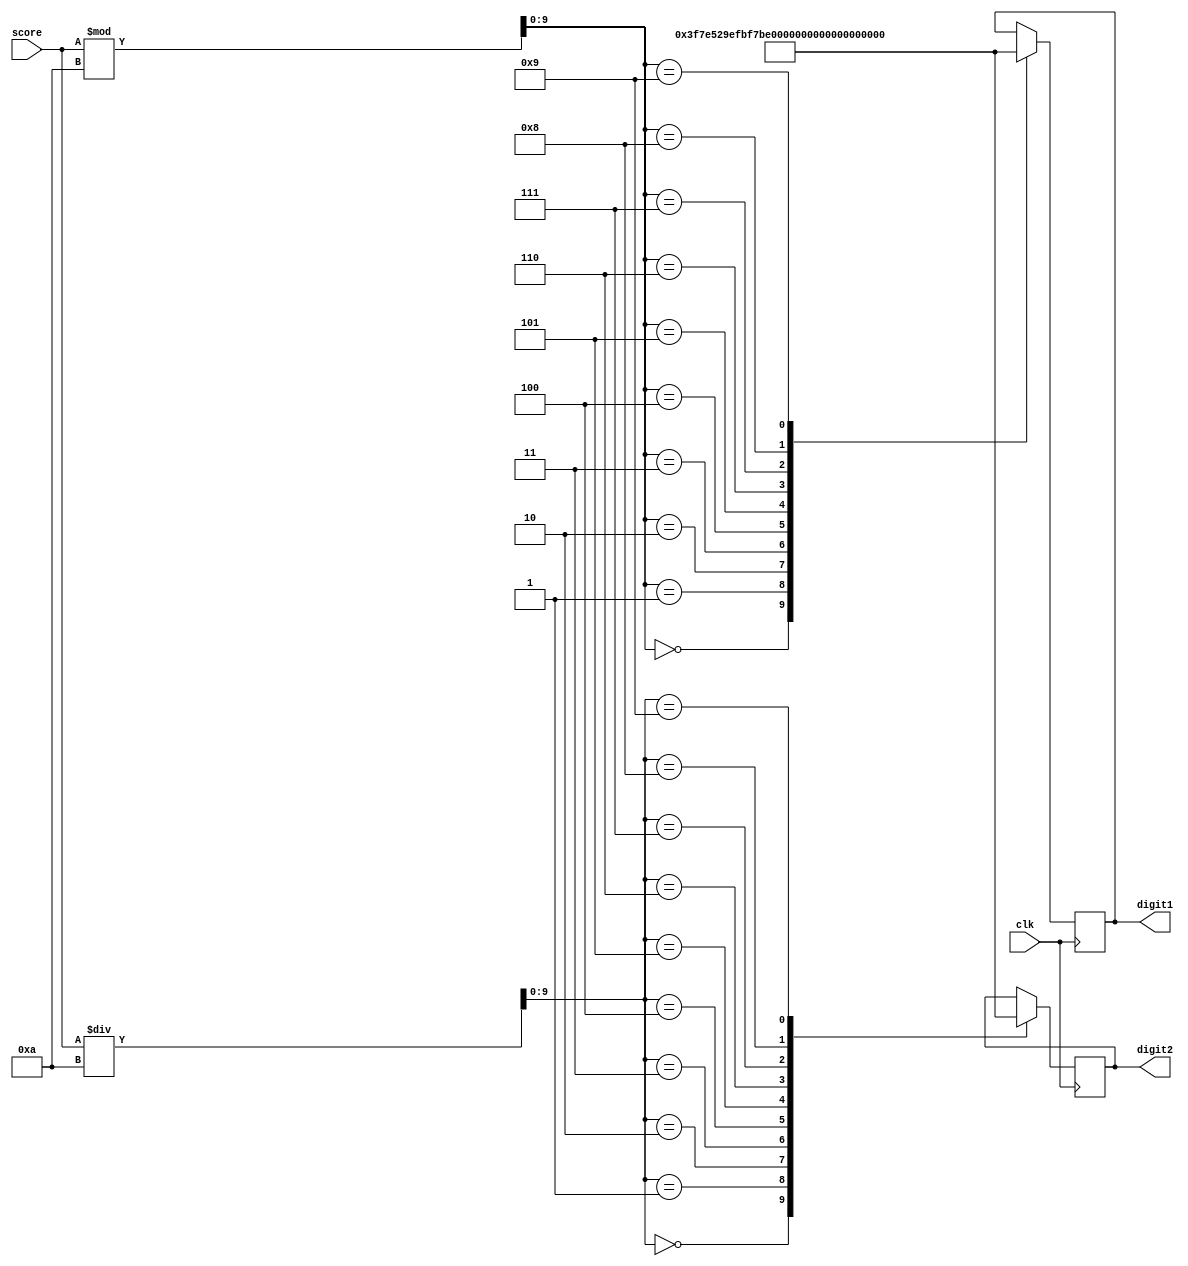
`timescale 1ns / 1ps
//////////////////////////////////////////////////////////////////////////////////
// Company: 
// Engineer: 
// 
// Design Name: 
// Module Name: update
// Project Name: 
// Target Devices: 
// Tool Versions: 
// Description: 
// 
// Dependencies: 
// 
// Revision:
// Revision 0.01 - File Created
// Additional Comments:
// 
//////////////////////////////////////////////////////////////////////////////////


module score
    (
        input clk,
        input wire [9:0] score,
        output wire [12:0] digit1,
        output wire [12:0] digit2
    );

    reg [9:0] a;
    reg [9:0] b;
    reg [12:0] tens;
    reg [12:0] ones;

    always @ (posedge clk)
    begin
        a = score % 'd10;
        b = score / 'd10;

        case(a)
            0: ones = 13'b1111110111111;
            1: ones = 13'b0010100101001;
            2: ones = 13'b1110111110111;
            3: ones = 13'b1110111101111;
            4: ones = 13'b1011111101001;
            5: ones = 13'b1111011101111;
            6: ones = 13'b1111011111111;
            7: ones = 13'b1110100101001;
            8: ones = 13'b1111111111111;
            9: ones = 13'b1111111101111;
        endcase

        case(b)
            0: tens = 13'b1111110111111;
            1: tens = 13'b0010100101001;
            2: tens = 13'b1110111110111;
            3: tens = 13'b1110111101111;
            4: tens = 13'b1011111101001;
            5: tens = 13'b1111011101111;
            6: tens = 13'b1111011111111;
            7: tens = 13'b1110100101001;
            8: tens = 13'b1111111111111;
            9: tens = 13'b1111111101111;
        endcase
    end

    assign digit1 = ones;
    assign digit2 = tens;

endmodule